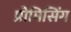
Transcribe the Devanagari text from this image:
प्रोमिसिंग